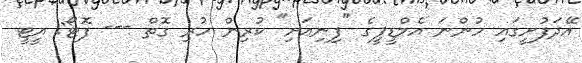
އޭދަފުށީގައި ހުންނަ އެމްޑީޕީގެ "ފިނިއަށި" ކުރިން ހުރި ގޮތް --- ފޮޓޯ: އީޓީ